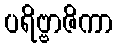
ပရိဗ္ဗာဇိကာ